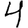
Digit: 4